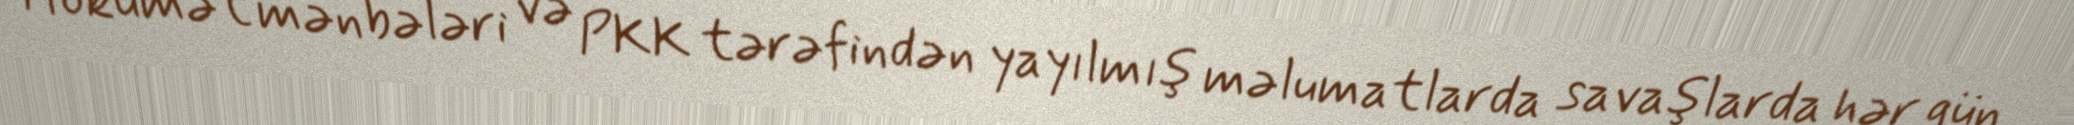
Hökumət mənbələri və PKK tərəfindən yayılmış məlumatlarda savaşlarda hər gün